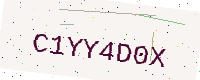
Text: C1YY4D0X